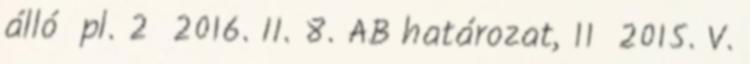
álló pl. 2 2016. II. 8. AB határozat, 11 2015. V.